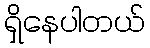
ရှိနေပါတယ်